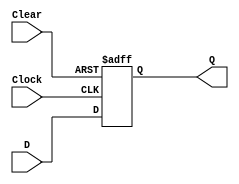
module d_flipflop (
    input D,
    input Clock,
    input Clear,
    output reg Q
);

always @(posedge Clock or posedge Clear)
begin
    if (Clear)
    begin
        Q <= 1'b0;
    end
    else
    begin
        Q <= D;
    end
end

endmodule